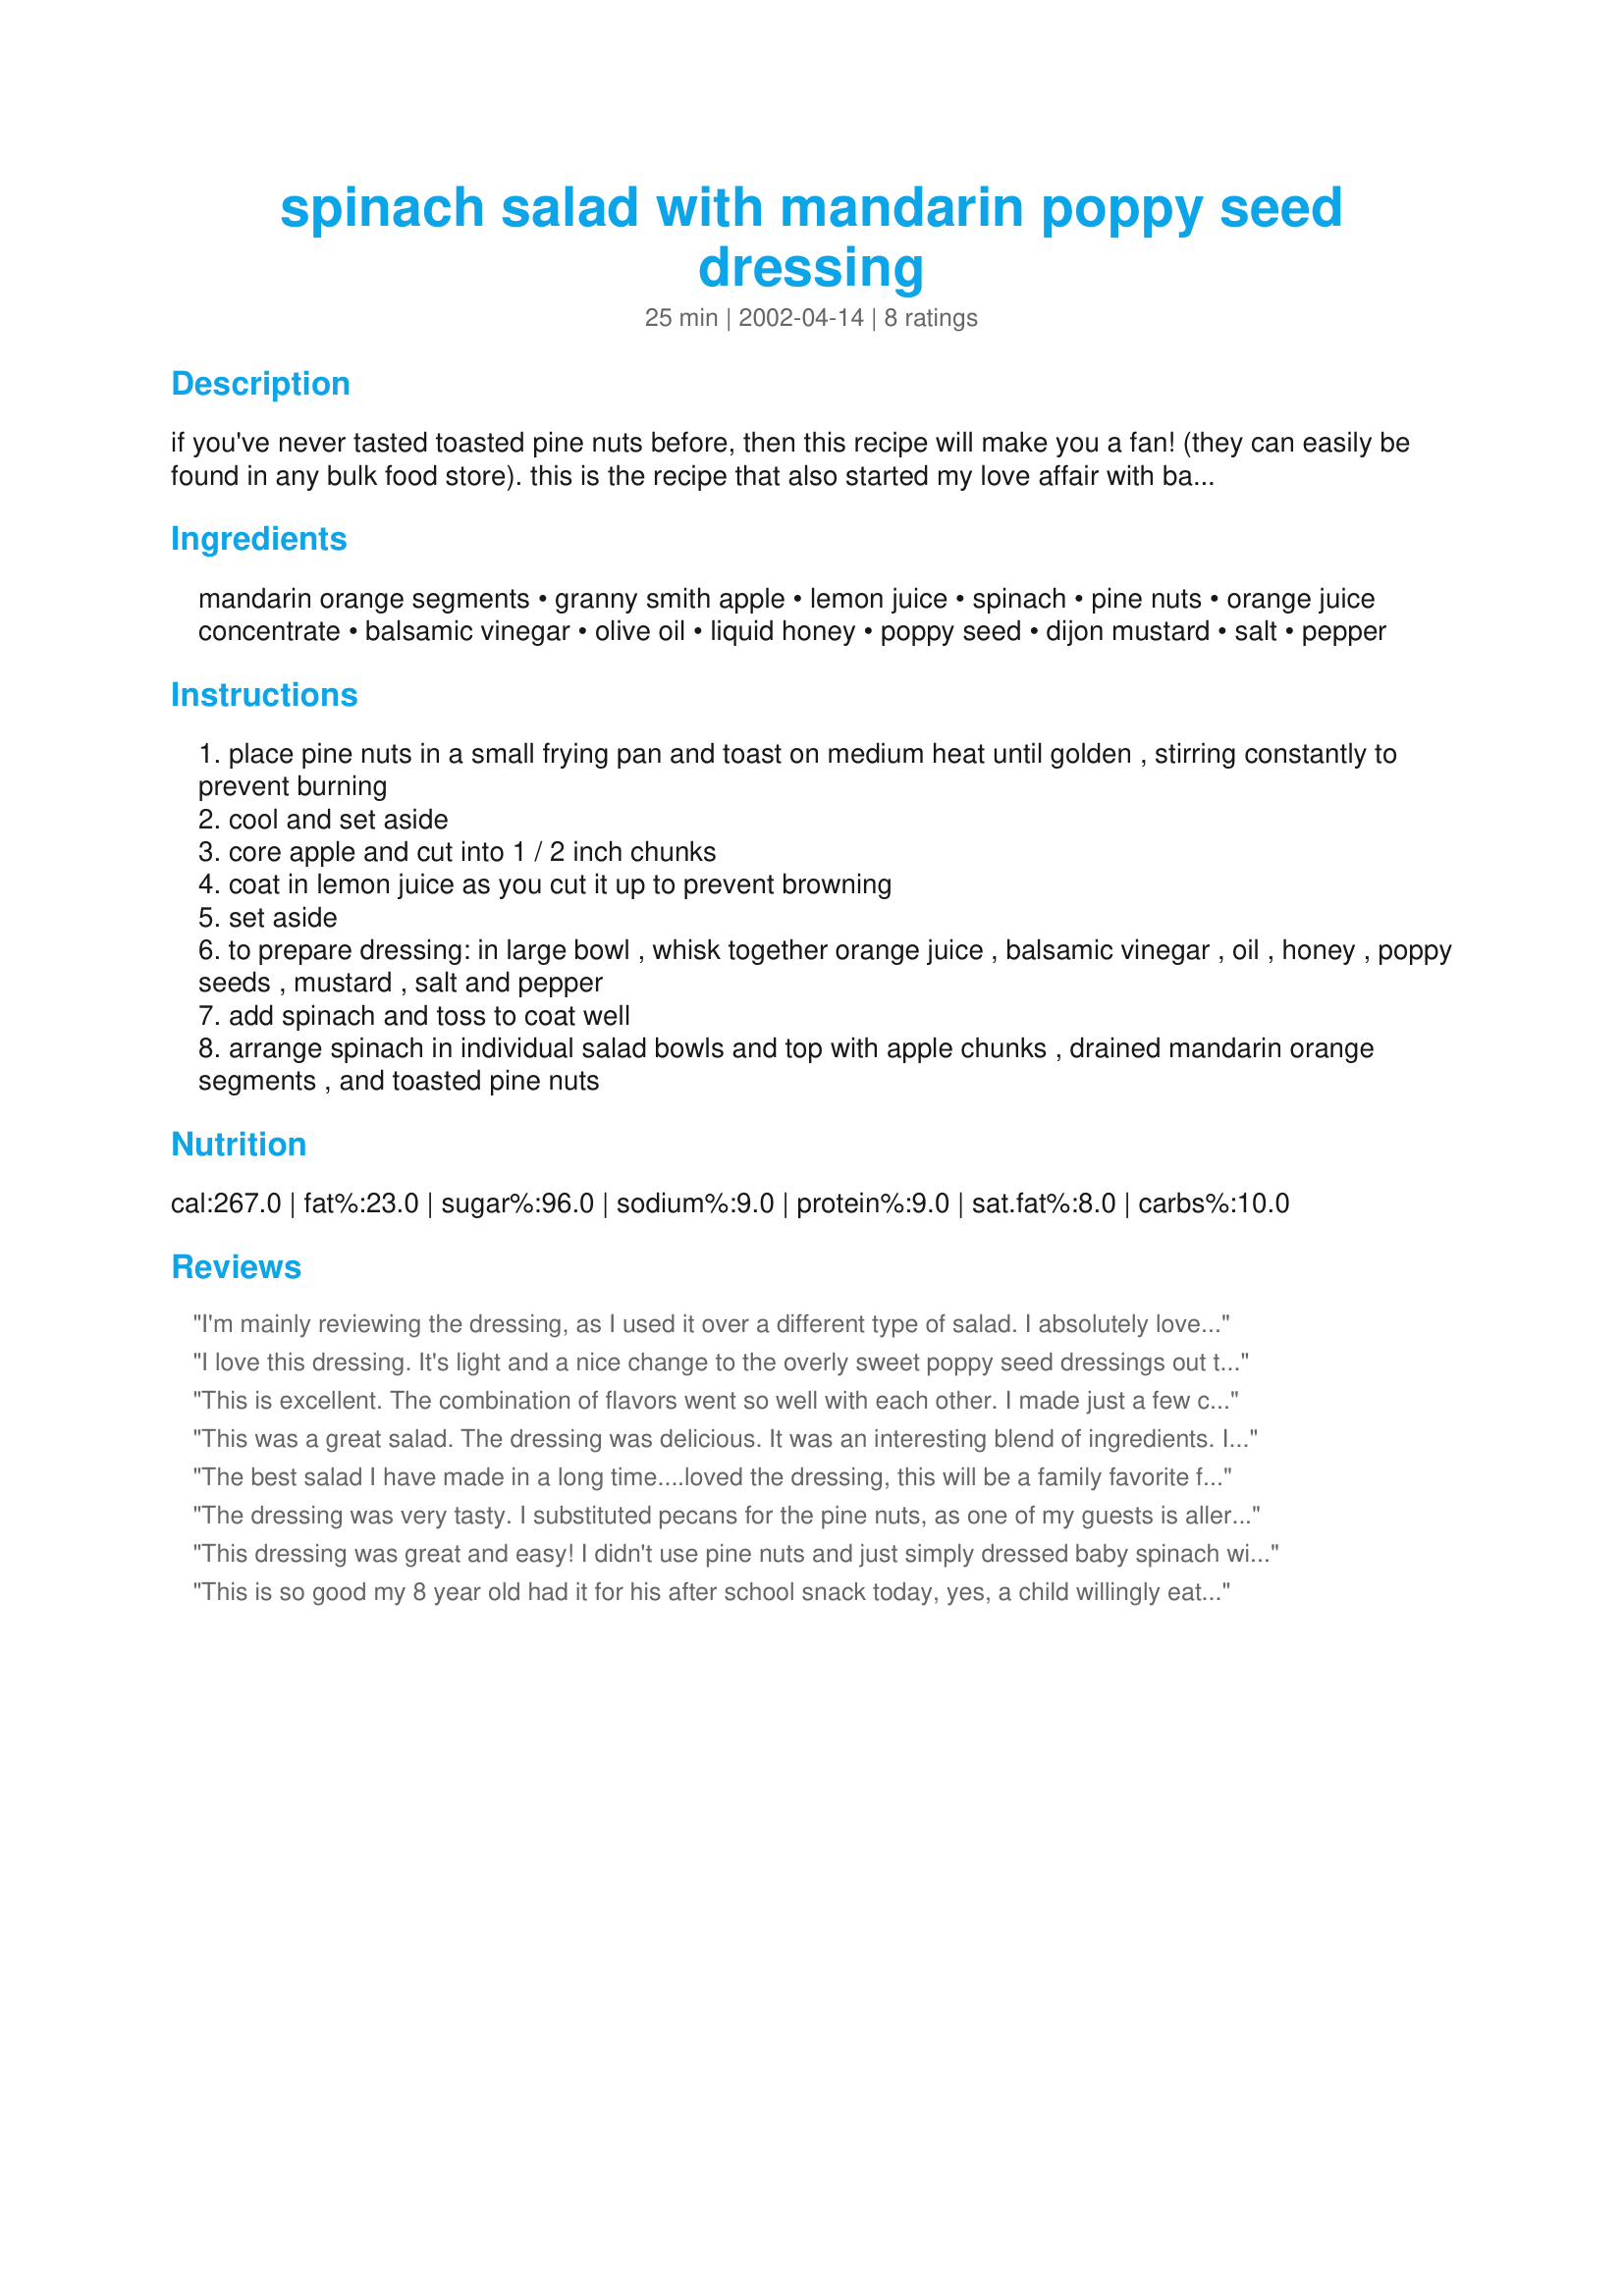
spinach salad with mandarin poppy seed dressing
Preparation time: 25 minutes

if you've never tasted toasted pine nuts before, then this recipe will make you a fan! (they can easily be found in any bulk food store). this is the recipe that also started my love affair with balsamic vinegar, all the different flavors blend marvelously well in this awesome salad!

Ingredients:
mandarin orange segments, granny smith apple, lemon juice, spinach, pine nuts, orange juice concentrate, balsamic vinegar, olive oil, liquid honey, poppy seed, dijon mustard, salt, pepper

Steps:
place pine nuts in a small frying pan and toast on medium heat until golden , stirring constantly to prevent burning
cool and set aside
core apple and cut into 1 / 2 inch chunks
coat in lemon juice as you cut it up to prevent browning
set aside
to prepare dressing: in large bowl , whisk together orange juice , balsamic vinegar , oil , honey , poppy seeds , mustard , salt and pepper
add spinach and toss to coat well
arrange spinach in individual salad bowls and top with apple chunks , drained mandarin orange segments , and toasted pine nuts

Reviews:
I'm mainly reviewing the dressing, as I used it over a different type of salad. I absolutely loved the dressing! It's different from your "normal" poppy seed dressing in that it's dark due to the balsamic vinegar, but that, plus the orange juice, gives it a lovely twist. I used it on my salad (arugula, beets, craisins, goat cheese and sweet onion), as well as on a wrap the next day, and as a dip/drizzle for cold grilled chicken tenderloins for lunch. Extremely versatile. Thanks!
I love this dressing. It's light and a nice change to the overly sweet poppy seed dressings out there. The balsamic vinegar with the orange jc is fabulous!
This is excellent. The combination of flavors went so well with each other. I made just a few changes to suit what I had on hand. I left out the granny smith apples and used toasted walnuts instead of the pine nuts (personal preference) and I misread the dressing directions and used 2 tablespoons of honey instead of tsp. but I liked it that way and will do that again in the future. Thanks for sharing.
This was a great salad. The dressing was delicious. It was an interesting blend of ingredients. I omitted the apples because we just aren't fond of them. This recipe is definetely a keeper.
The best salad I have made in a long time....loved the dressing, this will be a family favorite for the summer....
The dressing was very tasty. I substituted pecans for the pine nuts, as one of my guests is allergic, and it was still very tasty.
This dressing was great and easy! I didn't use pine nuts and just simply dressed baby spinach with it and it was wonderful just on it's own. Will definitely use again and again.
This is so good my 8 year old had it for his after school snack today, yes, a child willingly eating spinach!!
